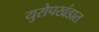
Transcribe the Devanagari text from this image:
युरोपखंडात